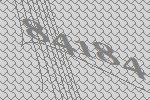
84184